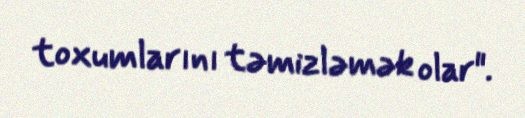
toxumlarını təmizləmək olar".